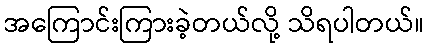
အကြောင်းကြားခဲ့တယ်လို့ သိရပါတယ်။